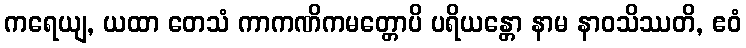
ကရေယျ, ယထာ တေသံ ကာကဏိကမတ္တောပိ ပရိယန္တော နာမ နာဝသိဿတိ, ဧဝံ